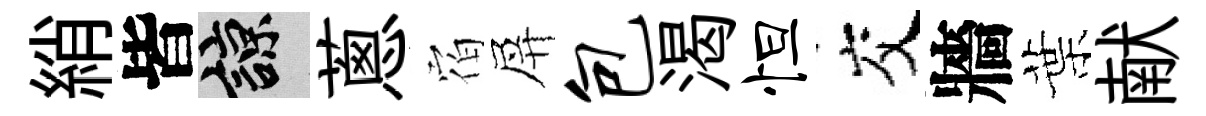
綃皆諒蔥𪧐屏包渴怛交牆葉献